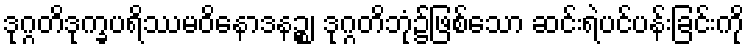
ဒုဂ္ဂတိဒုက္ခပရိဿမဝိနောဒနဉ္စ၊ ဒုဂ္ဂတိဘုံ၌ဖြစ်သော ဆင်းရဲပင်ပန်းခြင်းကို